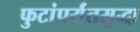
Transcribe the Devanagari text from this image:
फुटांपर्यंतसुद्धा